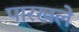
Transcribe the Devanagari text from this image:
पारखले